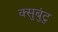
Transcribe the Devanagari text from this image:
क्सुबुंटु